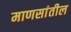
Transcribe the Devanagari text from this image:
माणसांतील